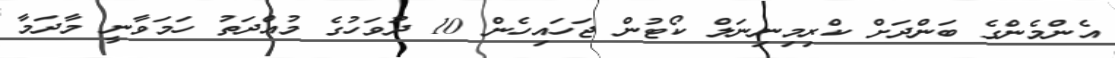
އެންމެންގެ ބަންދަށް ކްރިމިނިނަލް ކޯޓުން ޖަހައިހެން 10 ދުވަހުގެ މުއްދަތު ހަމަވާނީ މާދަމާ